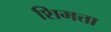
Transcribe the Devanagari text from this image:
शिमत्ता